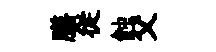
膳従蝕父